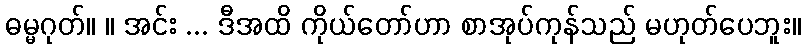
ဓမ္မဂုတ်။ ။ အင်း ... ဒီအထိ ကိုယ်တော်ဟာ စာအုပ်ကုန်သည် မဟုတ်ပေဘူး။